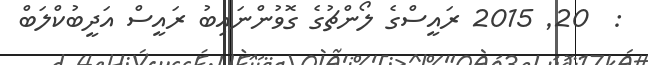
:  20